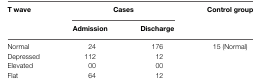
<table><thead><tr><td><b>T wave</b></td><td colspan="2"><b>Cases</b></td><td><b>Control group</b></td></tr><tr><td></td><td><b>Admission</b></td><td><b>Discharge</b></td><td></td></tr></thead><tbody><tr><td>Normal</td><td>24</td><td>176</td><td>15 (Normal)</td></tr><tr><td>Depressed</td><td>112</td><td>12</td><td></td></tr><tr><td>Elevated</td><td>00</td><td>00</td><td></td></tr><tr><td>Flat</td><td>64</td><td>12</td><td></td></tr></tbody></table>